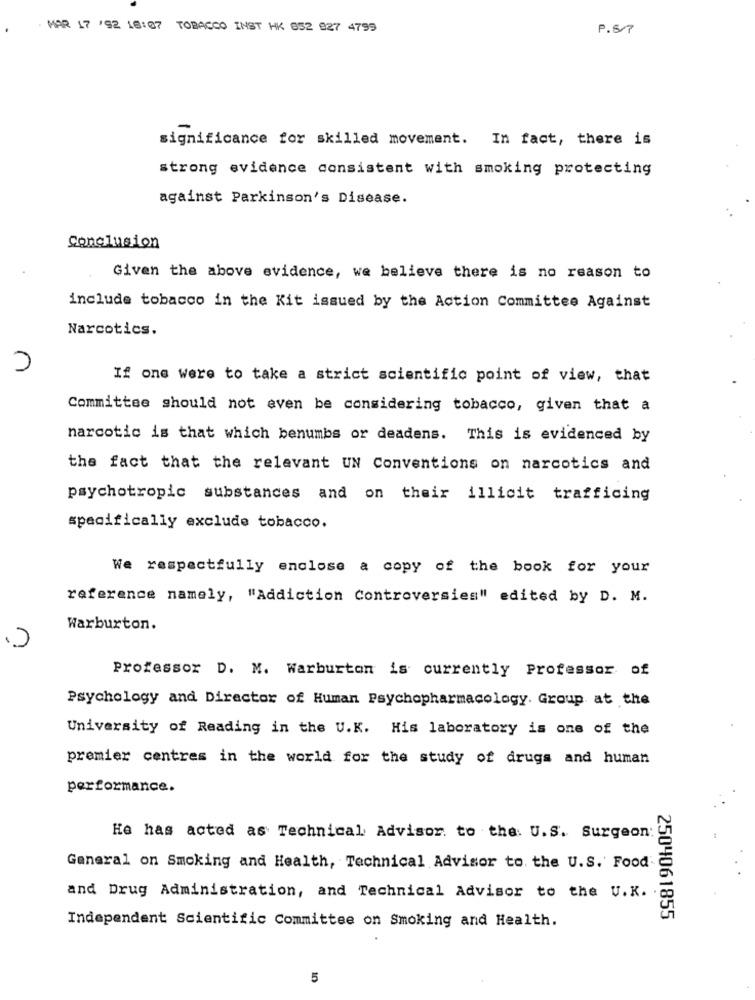
MAR 17 /92 18:07 TOBACCO INST HK 852 827 4799
P.S/7
significance for skilled movement. In fact, there is
strong evidence consistent with smoking protecting
against Parkinson's Disease.
Conclusion
Given the above evidence, we believe there is no reason to
include tobacco in the Kit issued by the Action Committee Against
Narcotics.
If one were to take a strict scientific point of view, that
Committee should not even be considering tobacco, given that a
narcotic is that which benumbs or deadens. This is evidenced by
the fact that the relevant UN Conventions on narcotics and
psychotropic substances and on their illicit trafficing
specifically exclude tobacco.
We respectfully enclose a copy of the book for your
reference namely, "Addiction Controversies" edited by D. M.
Warburton.
Professor D. M. Warburton is currently Professor of
Psychology and Director of Human Psychopharmacology. Group at the
University of Reading in the U.K. His laboratory is one of the
premier centres in the world for the study of drugs and human
performance.
He has acted as Technical Advisor. to the U.S. Surgeon
General on Smoking and Health, Technical Advisor to the U.S. Food
and Drug Administration, and Technical Advisor to the U.K. .
Independent Scientific Committee on Smoking and Health.
2504061855
5